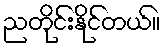
ညတိုင်းနိုင်တယ်။